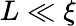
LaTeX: L\ll\xi